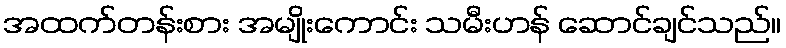
အထက်တန်းစား အမျိုးကောင်း သမီးဟန် ဆောင်ချင်သည်။